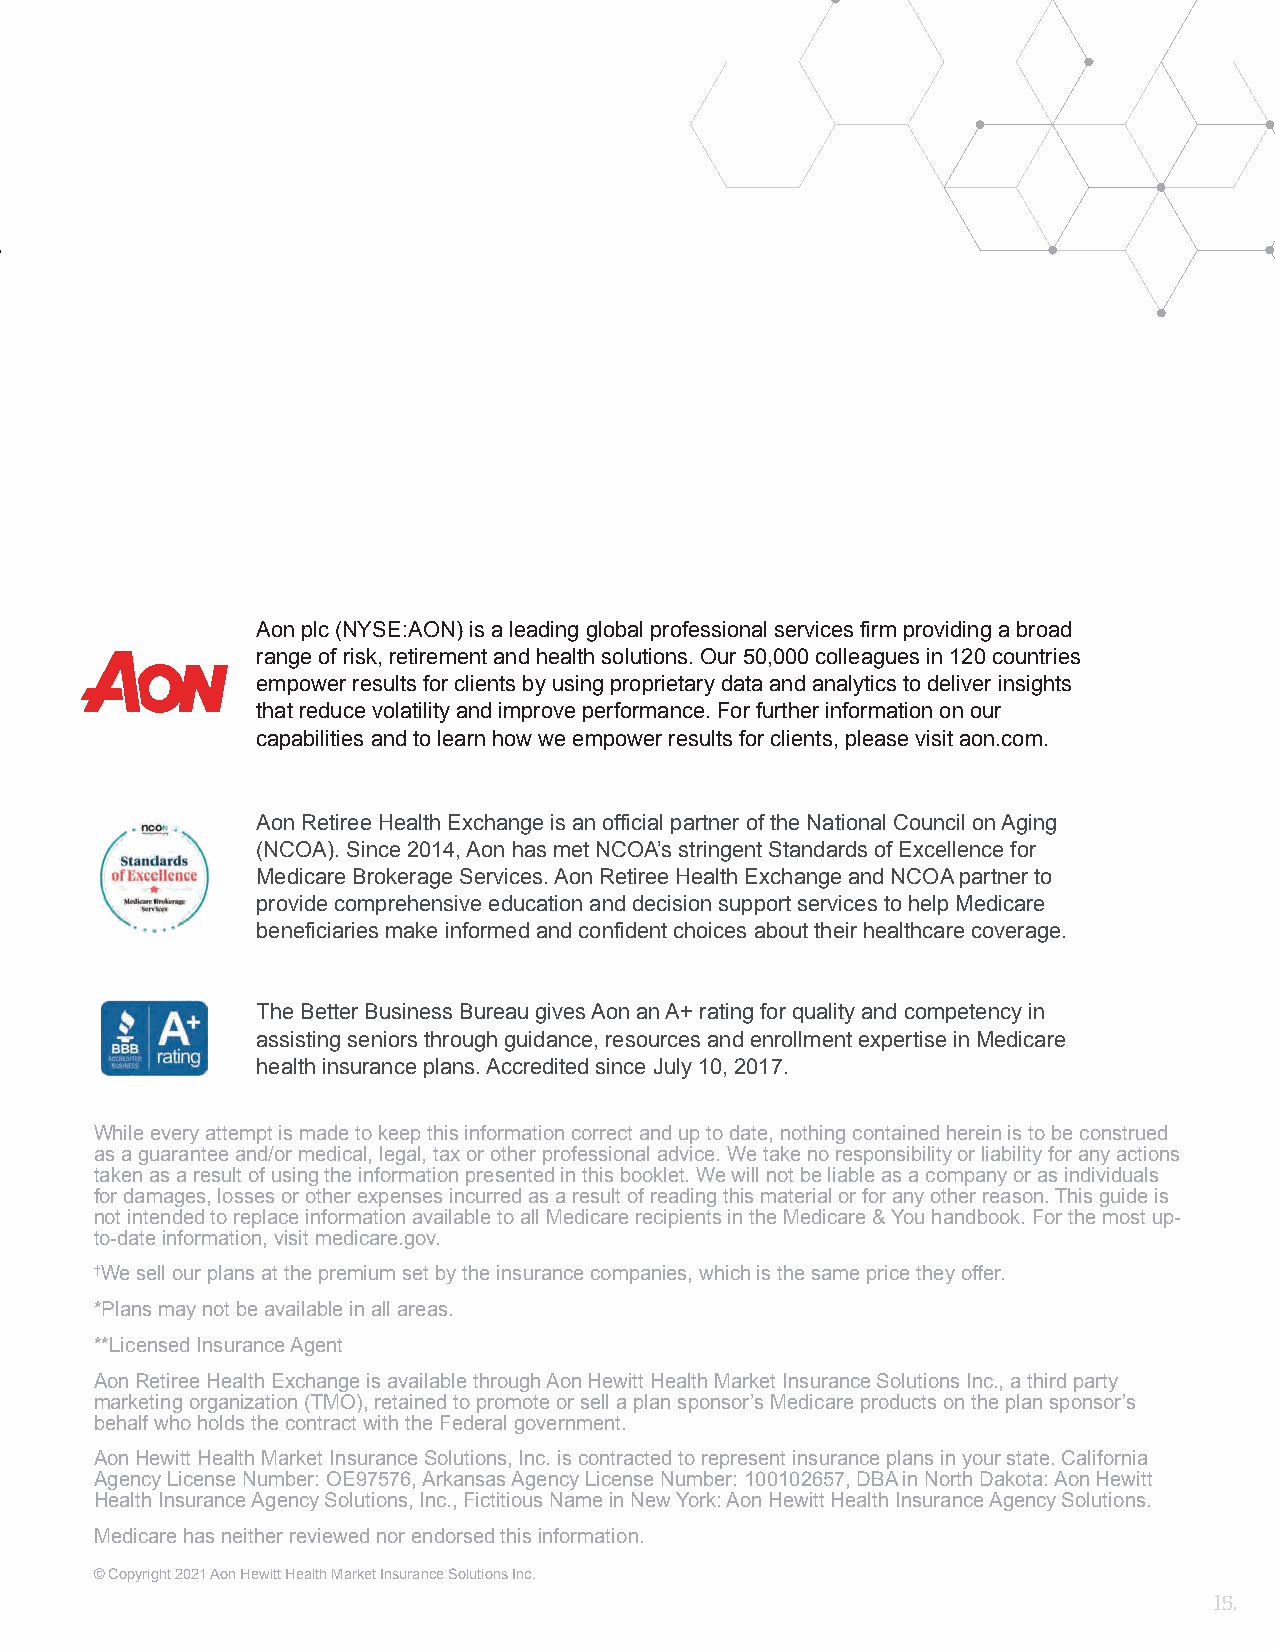
Aon plc (NYSE:AON) is a leading global professional services firm providing a broad
 range of risk, retirement and health solutions. Our 50,000 colleagues in 120 countries
 empower results for clients by using proprietary data and analytics to deliver insights
 that reduce volatility and improve performance. For further information on our
 capabilities and to learn how we empower results for clients, please visit aon.com.
 Aon Retiree Health Exchange is an official partner of the National Council on Aging
 (NCOA). Since 2014, Aon has met NCOA’s stringent Standards of Excellence for
 Medicare Brokerage Services. Aon Retiree Health Exchange and NCOA partner to
 provide comprehensive education and decision support services to help Medicare
 beneficiaries make informed and confident choices about their healthcare coverage.
 The Better Business Bureau gives Aon an A+ rating for quality and competency in
 assisting seniors through guidance, resources and enrollment expertise in Medicare
 health insurance plans. Accredited since July 10, 2017.
 While every attempt is made to keep this information correct and up to date, nothing contained herein is to be construed
 as a guarantee and/or medical, legal, tax or other professional advice. We take no responsibility or liability for any actions
 taken as a result of using the information presented in this booklet. We will not be liable as a company or as individuals
 for damages, losses or other expenses incurred as a result of reading this material or for any other reason. This guide is
 not intended to replace information available to all Medicare recipients in the Medicare & You handbook. For the most up-
 to-date information, visit medicare.gov.
 †We sell our plans at the premium set by the insurance companies, which is the same price they offer.
 *Plans may not be available in all areas.
 **Licensed Insurance Agent
 Aon Retiree Health Exchange is available through Aon Hewitt Health Market Insurance Solutions Inc., a third party
 marketing organization (TMO), retained to promote or sell a plan sponsor’s Medicare products on the plan sponsor’s
 behalf who holds the contract with the Federal government.
 Aon Hewitt Health Market Insurance Solutions, Inc. is contracted to represent insurance plans in your state. California
 Agency License Number: OE97576, Arkansas Agency License Number: 100102657, DBA in North Dakota: Aon Hewitt
 Health Insurance Agency Solutions, Inc., Fictitious Name in New York: Aon Hewitt Health Insurance Agency Solutions.
 Medicare has neither reviewed nor endorsed this information.
 © Copyright 2021 Aon Hewitt Health Market Insurance Solutions Inc.
 15.